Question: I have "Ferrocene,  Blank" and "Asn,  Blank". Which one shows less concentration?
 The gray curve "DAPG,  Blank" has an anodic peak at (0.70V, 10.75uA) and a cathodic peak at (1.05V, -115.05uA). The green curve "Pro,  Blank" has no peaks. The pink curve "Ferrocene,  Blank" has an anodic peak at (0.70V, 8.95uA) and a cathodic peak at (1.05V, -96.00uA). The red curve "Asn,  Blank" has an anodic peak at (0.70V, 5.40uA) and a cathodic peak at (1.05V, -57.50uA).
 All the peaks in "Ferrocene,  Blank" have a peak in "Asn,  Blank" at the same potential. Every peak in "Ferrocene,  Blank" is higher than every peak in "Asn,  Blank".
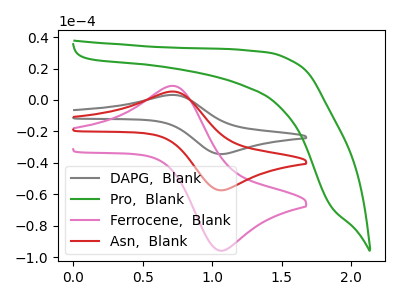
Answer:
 <answer>"Ferrocene,  Blank" has more signal than "Asn,  Blank" and so likely has a higher concentration.</answer>
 <eval>more_concentration</eval>